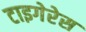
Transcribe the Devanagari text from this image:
टाइगेरेस